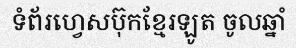
ទំព័រហ្វេសប៊ុកខ្មែរឡូត ចូលឆ្នាំ